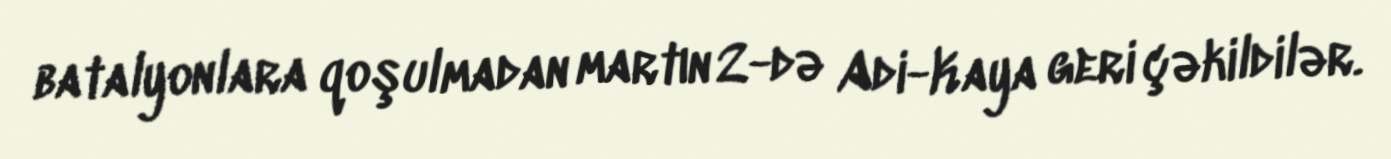
batalyonlara qoşulmadan martın 2-də Adi-Kaya geri çəkildilər.